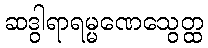
ဆဒွါရာရမ္မဏေသွေတ္ထ